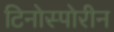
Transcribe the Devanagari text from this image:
टिनोस्पोरीन